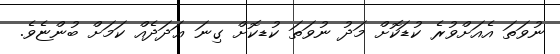
ނުވަތަ އެއަށްވުރެ ކުޑަކޮށް މަދު ނުވަތަ ކުޑކޮށް ގިނަ ޢަދަދެއް ކަމަށް ބުންޏެވެ.